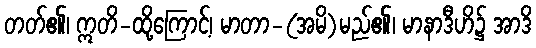
တတ်၏၊ ဣတိ-ထို့ကြောင့်၊ မာတာ-(အမိ)မည်၏၊ မာနာဒီဟိ၌ အာဒိ